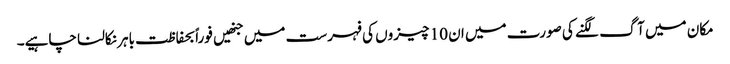
مکان میں آگ لگنے کی صورت میں ان 10 چیزوں کی فہرست میں جنھیں فوراً بحفاظت باہر نکالنا چاہیے۔